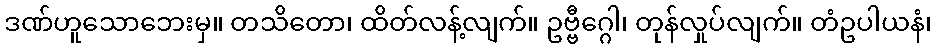
ဒဏ်ဟူသောဘေးမှ။ တသိတော၊ ထိတ်လန့်လျက်။ ဥဗ္ဗီဂ္ဂေါ၊ တုန်လှုပ်လျက်။ တံဥပါယနံ၊